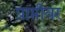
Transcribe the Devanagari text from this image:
प्राप्तीवर